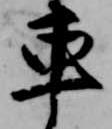
車